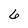
Character: 6